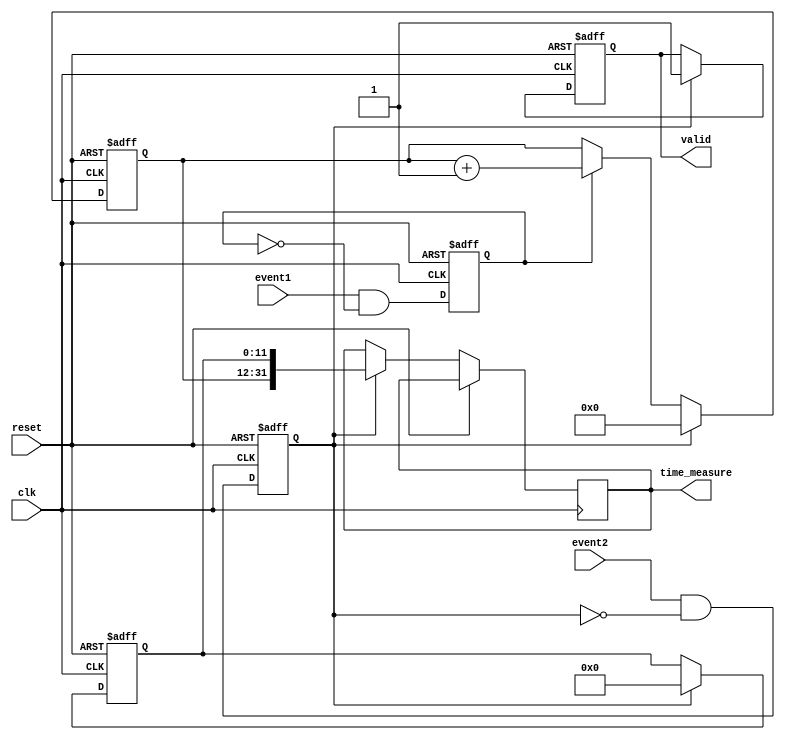
module TDC (
    input wire clk,                 // System clock
    input wire reset,               // Reset signal
    input wire event1,              // Input event 1
    input wire event2,              // Input event 2
    output reg [31:0] time_measure, // Final time measurement output
    output reg valid                // Output valid signal
);

    // Parameters
    parameter COARSE_RESOLUTION_BITS = 20;  // Coarse counter bit width
    parameter FINE_RESOLUTION_BITS = 12;     // Fine resolution bits
    parameter DELAY_LINE_DEPTH = 16;          // Number of delay elements in delay line

    // Internal signals
    reg [COARSE_RESOLUTION_BITS-1:0] coarse_counter; // Coarse counter
    reg [FINE_RESOLUTION_BITS-1:0] fine_counter;     // Fine resolution counter
    reg [DELAY_LINE_DEPTH-1:0] delay_line;           // Delay line
    reg event1_detected;                             // Event 1 detected flag
    reg event2_detected;                             // Event 2 detected flag
    
    // Edge detection logic for event signals
    always @(posedge clk or posedge reset) begin
        if (reset) begin
            event1_detected <= 0;
            event2_detected <= 0;
        end else begin
            // Detect rising edges
            event1_detected <= event1 && !event1_detected;
            event2_detected <= event2 && !event2_detected;
        end
    end

    // Coarse counter logic
    always @(posedge clk or posedge reset) begin
        if (reset) begin
            coarse_counter <= 0;
            fine_counter <= 0;
            valid <= 0;
        end else begin
            if (event1_detected) begin
                coarse_counter <= coarse_counter + 1; // Increment counter on event 1
            end
            
            if (event2_detected) begin
                // Capture fine resolution on event 2
                fine_counter <= delay_line; 
                time_measure <= {coarse_counter, fine_counter}; // Combine coarse and fine measurement
                valid <= 1; // Indicate valid output
                coarse_counter <= 0; // Reset coarse counter for next measurement
                fine_counter <= 0;    // Reset fine counter for next measurement
            end
        end
    end

    // Delay line logic for fine resolution
    integer i;
    always @(posedge clk) begin
        // Shift the delay line for fine timing resolution
        for (i = DELAY_LINE_DEPTH - 1; i > 0; i = i - 1) begin
            delay_line[i] <= delay_line[i-1];
        end
        delay_line[0] <= event1_detected; // Sample event1 state into the delay line
    end

endmodule